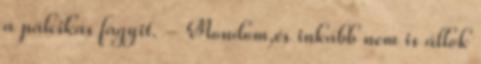
a pálcikás fagyit. - Mondom,és inkább nem is állok